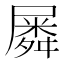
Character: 𡳞